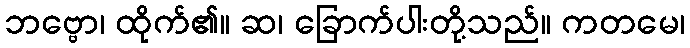
ဘဗ္ဗော၊ ထိုက်၏။ ဆ၊ ခြောက်ပါးတို့သည်။ ကတမေ၊